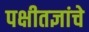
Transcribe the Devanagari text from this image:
पक्षीतज्ञांचे